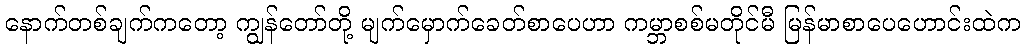
နောက်တစ်ချက်ကတော့ ကျွန်တော်တို့ မျက်မှောက်ခေတ်စာပေဟာ ကမ္ဘာစစ်မတိုင်မီ မြန်မာစာပေဟောင်းထဲက